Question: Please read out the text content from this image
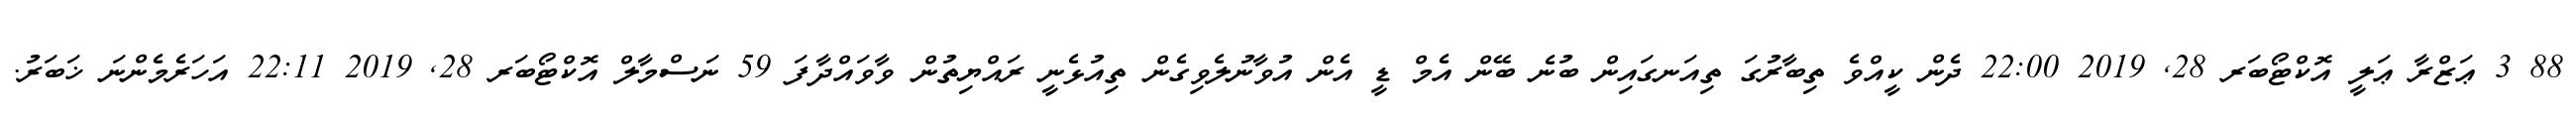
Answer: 88 3 ޢަޒްރާ ޢަލީ އޮކްޓޯބަރ 28, 2019 22:00 ދެން ކީއްވެ ތިބާރުގަ ތިއަނގައިން ބުނެ ބޭން އެމް ޑީ އެން އުވާނުލެވިގެން ތިއުޅެނީ ރައްޔިތުން ވާވައްދާފަ 59 ނަސްމާލް އޮކްޓޯބަރ 28, 2019 22:11 އަހަރެމެންނަ ޚަބަރު.